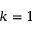
k = 1